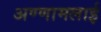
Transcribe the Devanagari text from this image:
अण्णामलाई